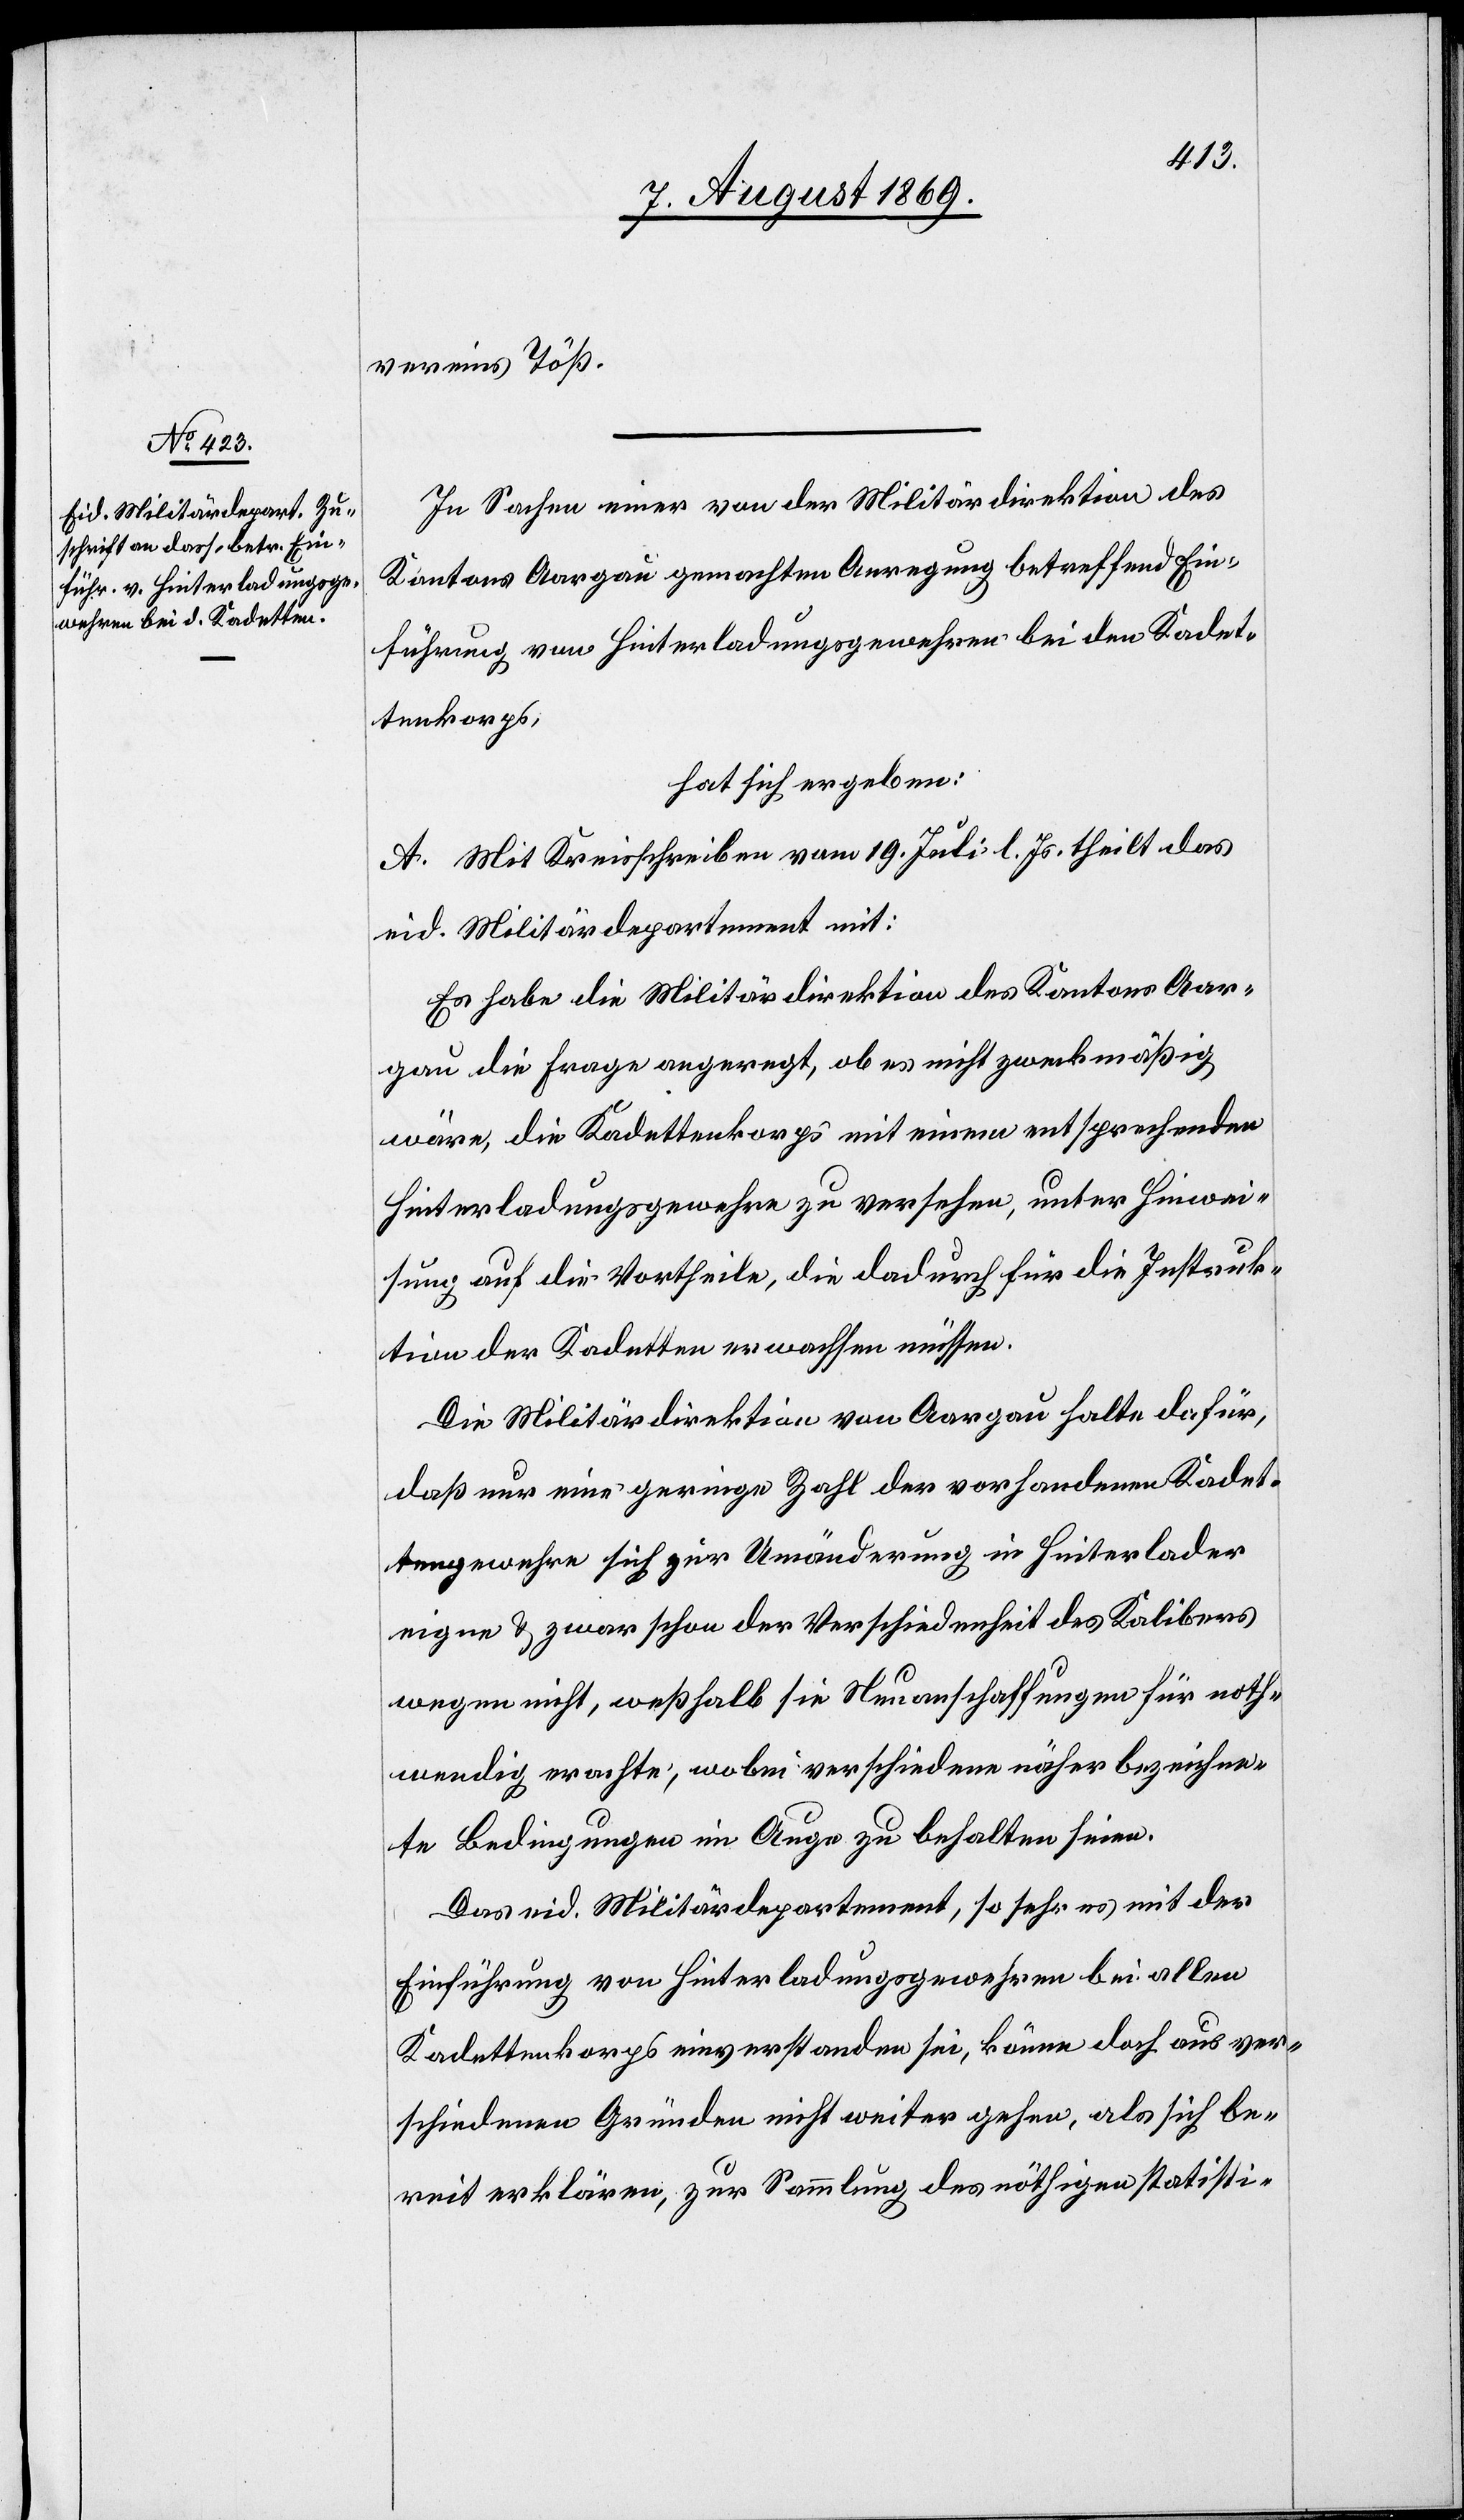
vereins Töß.
In Sachen einer von der Militärdirektion des
Kantons Aargau gemachten Anregung betreffend Ein¬
führung von Hinterladungsgewehren bei den Kadet¬
tenkorps,
hat sich ergeben:
A. Mit Kreisschreiben vom 19. Juli l. Js. theilt das
eid. Militärdepartement mit:
Es habe die Militärdirektion des Kantons Aar¬
gau die Frage angeregt, ob es nicht zweckmäßig
wäre, die Kadettenkorps mit einem entsprechenden
Hinterladungsgewehre zu versehen, unter Hinwei¬
sung auf die Vortheile, die dadurch für die Instruk¬
tion der Kadetten erwachsen müssen.
Die Militärdirektion von Aargau halte dafür,
daß nur eine geringe Zahl der vorhandenen Kadet¬
tengewehre sich zur Umänderung in Hinterlader
eigne & zwar schon der Verschiedenheit des Kalibers
wegen nicht, weßhalb sie Neuanschaffung für noth¬
wendig erachte, wobei verschiedene näher bezeichne¬
te Bedingungen im Auge zu behalten sind.
Das eid. Militärdepartement, so sehr es mit der
Einführung von Hinterladungsgewehren bei allen
Kadettenkorps einverstanden sei, könne doch aus ver¬
schiedenen Gründen nicht weiter gehen, als sich be¬
reit erklären, zur Sammlung des nöthigen statisti-